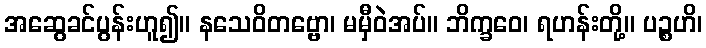
အဆွေခင်ပွန်းဟူ၍။ နသေဝိတဗ္ဗော၊ မမှီဝဲအပ်။ ဘိက္ခဝေ၊ ရဟန်းတို့။ ပဉ္စဟိ၊